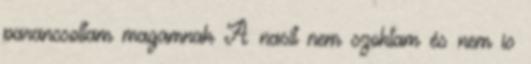
parancsoltam magamnak A nasit nem szoktam és nem is